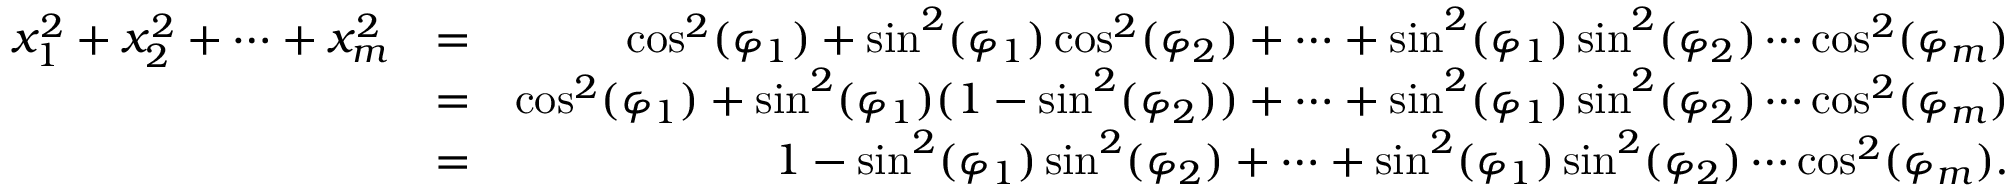
\begin{array} { r l r } { x _ { 1 } ^ { 2 } + x _ { 2 } ^ { 2 } + \cdots + x _ { m } ^ { 2 } } & { = } & { \cos ^ { 2 } ( \varphi _ { 1 } ) + \sin ^ { 2 } ( \varphi _ { 1 } ) \cos ^ { 2 } ( \varphi _ { 2 } ) + \cdots + \sin ^ { 2 } ( \varphi _ { 1 } ) \sin ^ { 2 } ( \varphi _ { 2 } ) \cdots \cos ^ { 2 } ( \varphi _ { m } ) } \\ & { = } & { \cos ^ { 2 } ( \varphi _ { 1 } ) + \sin ^ { 2 } ( \varphi _ { 1 } ) ( 1 - \sin ^ { 2 } ( \varphi _ { 2 } ) ) + \cdots + \sin ^ { 2 } ( \varphi _ { 1 } ) \sin ^ { 2 } ( \varphi _ { 2 } ) \cdots \cos ^ { 2 } ( \varphi _ { m } ) } \\ & { = } & { 1 - \sin ^ { 2 } ( \varphi _ { 1 } ) \sin ^ { 2 } ( \varphi _ { 2 } ) + \cdots + \sin ^ { 2 } ( \varphi _ { 1 } ) \sin ^ { 2 } ( \varphi _ { 2 } ) \cdots \cos ^ { 2 } ( \varphi _ { m } ) . } \end{array}